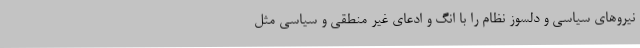
نیروهای سیاسی و دلسوز نظام را با انگ و ادعای غیر منطقی و سیاسی مثل